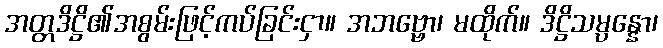
အတ္တဒိဋ္ဌိ၏အစွမ်းဖြင့်ကပ်ခြင်းငှာ။ အဘဗ္ဗော၊ မထိုက်။ ဒိဋ္ဌိသမ္ပန္နော၊